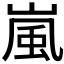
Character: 嵐